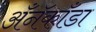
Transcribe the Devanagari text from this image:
अँनॅकाँडा